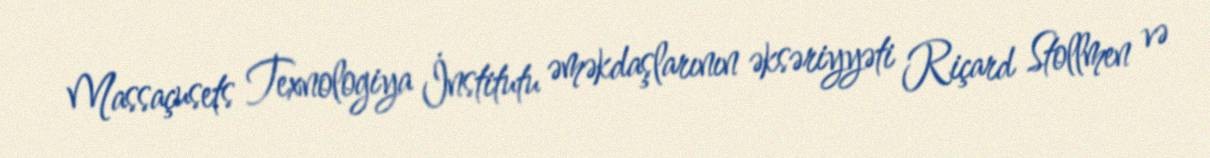
Massaçusets Texnologiya İnstitutu əməkdaşlarının əksəriyyəti Riçard Stollmen və